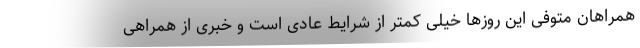
همراهان متوفی این روزها خیلی کمتر از شرایط عادی است و خبری از همراهی